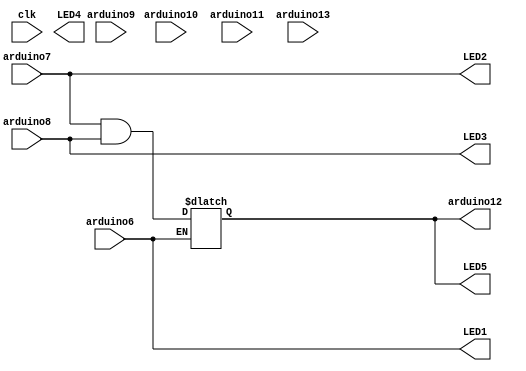
module top (
	input  clk,
	output LED1,
	output LED2,
	output LED3,
	output LED4,
	output LED5,
	input arduino6,
	input arduino7,
	input arduino8,
	input arduino9,
	input arduino10,
	input arduino11,
	output arduino12,
	input arduino13  // UNO LED!
);

	assign LED1 = arduino6;
	assign LED2 = arduino7;
	assign LED3 = arduino8;

	reg myreg = 0;

	always @(*) begin
		if(arduino6) begin
			myreg = arduino7 & arduino8;
		end
	end

	assign arduino12 = myreg;
	assign LED5 = myreg;

endmodule